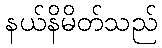
နယ်နိမိတ်သည်